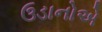
ઉડાનોએ